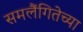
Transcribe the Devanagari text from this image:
समलैंगितेच्या